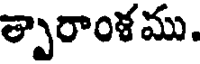
త్పారాంళము.